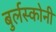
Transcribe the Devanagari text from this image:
बुर्लस्कोनी